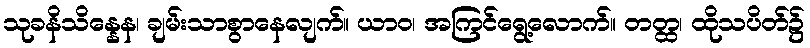
သုခနိသိန္နေန၊ ချမ်းသာစွာနေလျက်။ ယာဝ၊ အကြင်ရွေ့လောက်။ တတ္ထ၊ ထိုသပိတ်၌